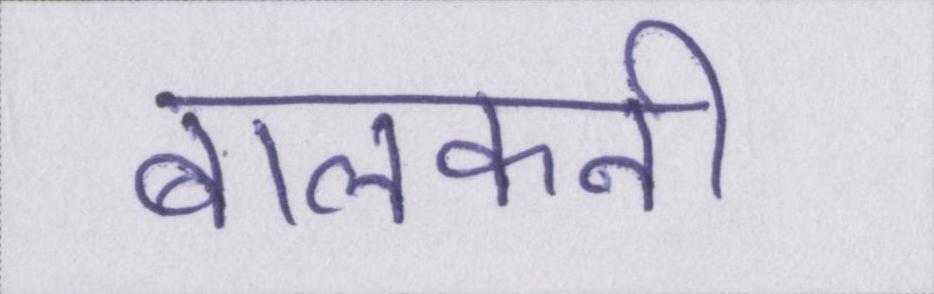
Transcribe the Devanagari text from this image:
बालकनी